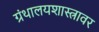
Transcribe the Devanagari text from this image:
ग्रंथालयशास्त्रावर